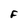
Character: F